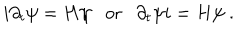
LaTeX: i \partial _ { t } \psi = H \psi \mathrm { o r } \partial _ { t } \psi i = H \psi ~ .